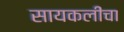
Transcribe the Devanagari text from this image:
सायकलींचा